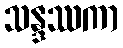
သန္ဒဿကာ